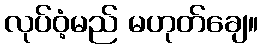
လုပ်ဝံ့မည် မဟုတ်ချေ။